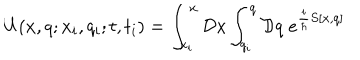
LaTeX: U ( x , q ; x _ { i } , q _ { i } ; t , t _ { i } ) = \int _ { x _ { i } } ^ { x } { \cal D } x \int _ { q _ { i } } ^ { q } { \cal D } q \; e ^ { { \frac { i } { \hbar } } S [ x , q ] }